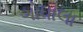
ગોધાલા